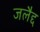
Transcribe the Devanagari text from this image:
जलैद्द